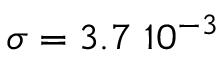
\sigma = 3 . 7 \ 1 0 ^ { - 3 }